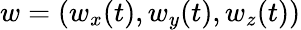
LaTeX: w=(w_{x}(t),w_{y}(t),w_{z}(t))